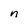
Character: n